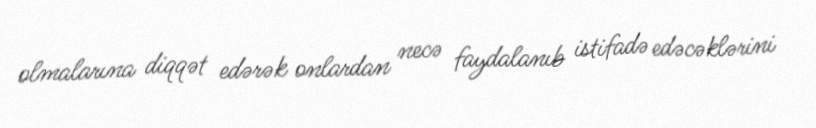
olmalarına diqqət edərək onlardan necə faydalanıb istifadə edəcəklərini